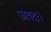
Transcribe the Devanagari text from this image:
फायदा।